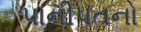
પાનીપતનો